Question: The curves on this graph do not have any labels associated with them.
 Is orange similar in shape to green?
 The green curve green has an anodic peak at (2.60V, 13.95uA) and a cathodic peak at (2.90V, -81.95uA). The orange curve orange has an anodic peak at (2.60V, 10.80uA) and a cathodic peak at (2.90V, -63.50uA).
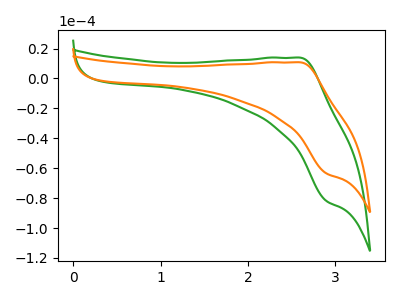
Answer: <think>All the peaks in "orange" have a peak in "green" at the same potential. Every peak in "orange" is lower than every peak in "green".
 </think>
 <answer>"orange" and "green" are similar in shape.</answer>
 <eval>same_shape</eval>